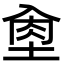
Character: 𡌵